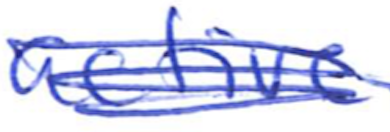
Text: active
Cross-out: scratch
Writing tool: ballpoint